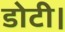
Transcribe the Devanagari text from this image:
डोटी।